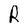
Character: R